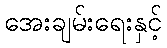
အေးချမ်းရေးနှင့်